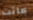
ماتت